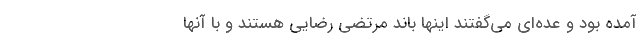
آمده بود و عده‌ای می‌گفتند اینها باند مرتضی رضایی هستند و با آنها